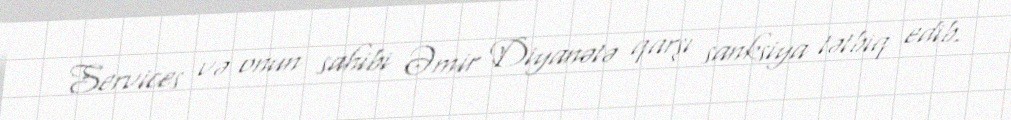
Services və onun sahibi Əmir Diyanətə qarşı sanksiya tətbiq edib.